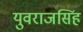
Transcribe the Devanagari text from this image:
युवराजसिंह